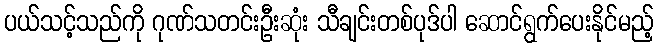
ပယ်သင့်သည်ကို ဂုဏ်သတင်းဦးဆုံး သီချင်းတစ်ပုဒ်ပါ ဆောင်ရွက်ပေးနိုင်မည့်